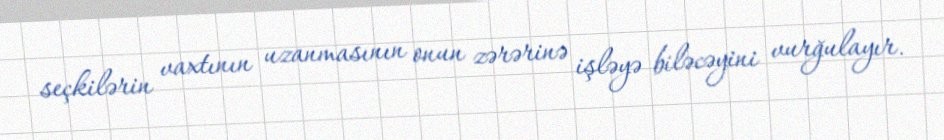
seçkilərin vaxtının uzanmasının onun zərərinə işləyə biləcəyini vurğulayır.